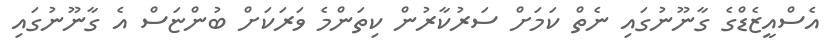
އެސްއީޒެޑްގެ ގާނޫނުގައި ނެތް ކަމަށް ސަރުކާރުން ކިތަންމެ ވަރަކަށް ބުންޏަސް އެ ގާނޫނުގައި